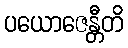
ပယောဇေန္တီတိ